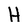
Character: H